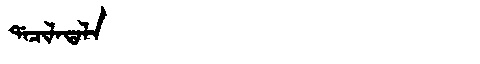
Manchu: ᡩᠠᠴᡳᠯᠠᡨᠠᠯᠠ
Romanization: DACILATALA